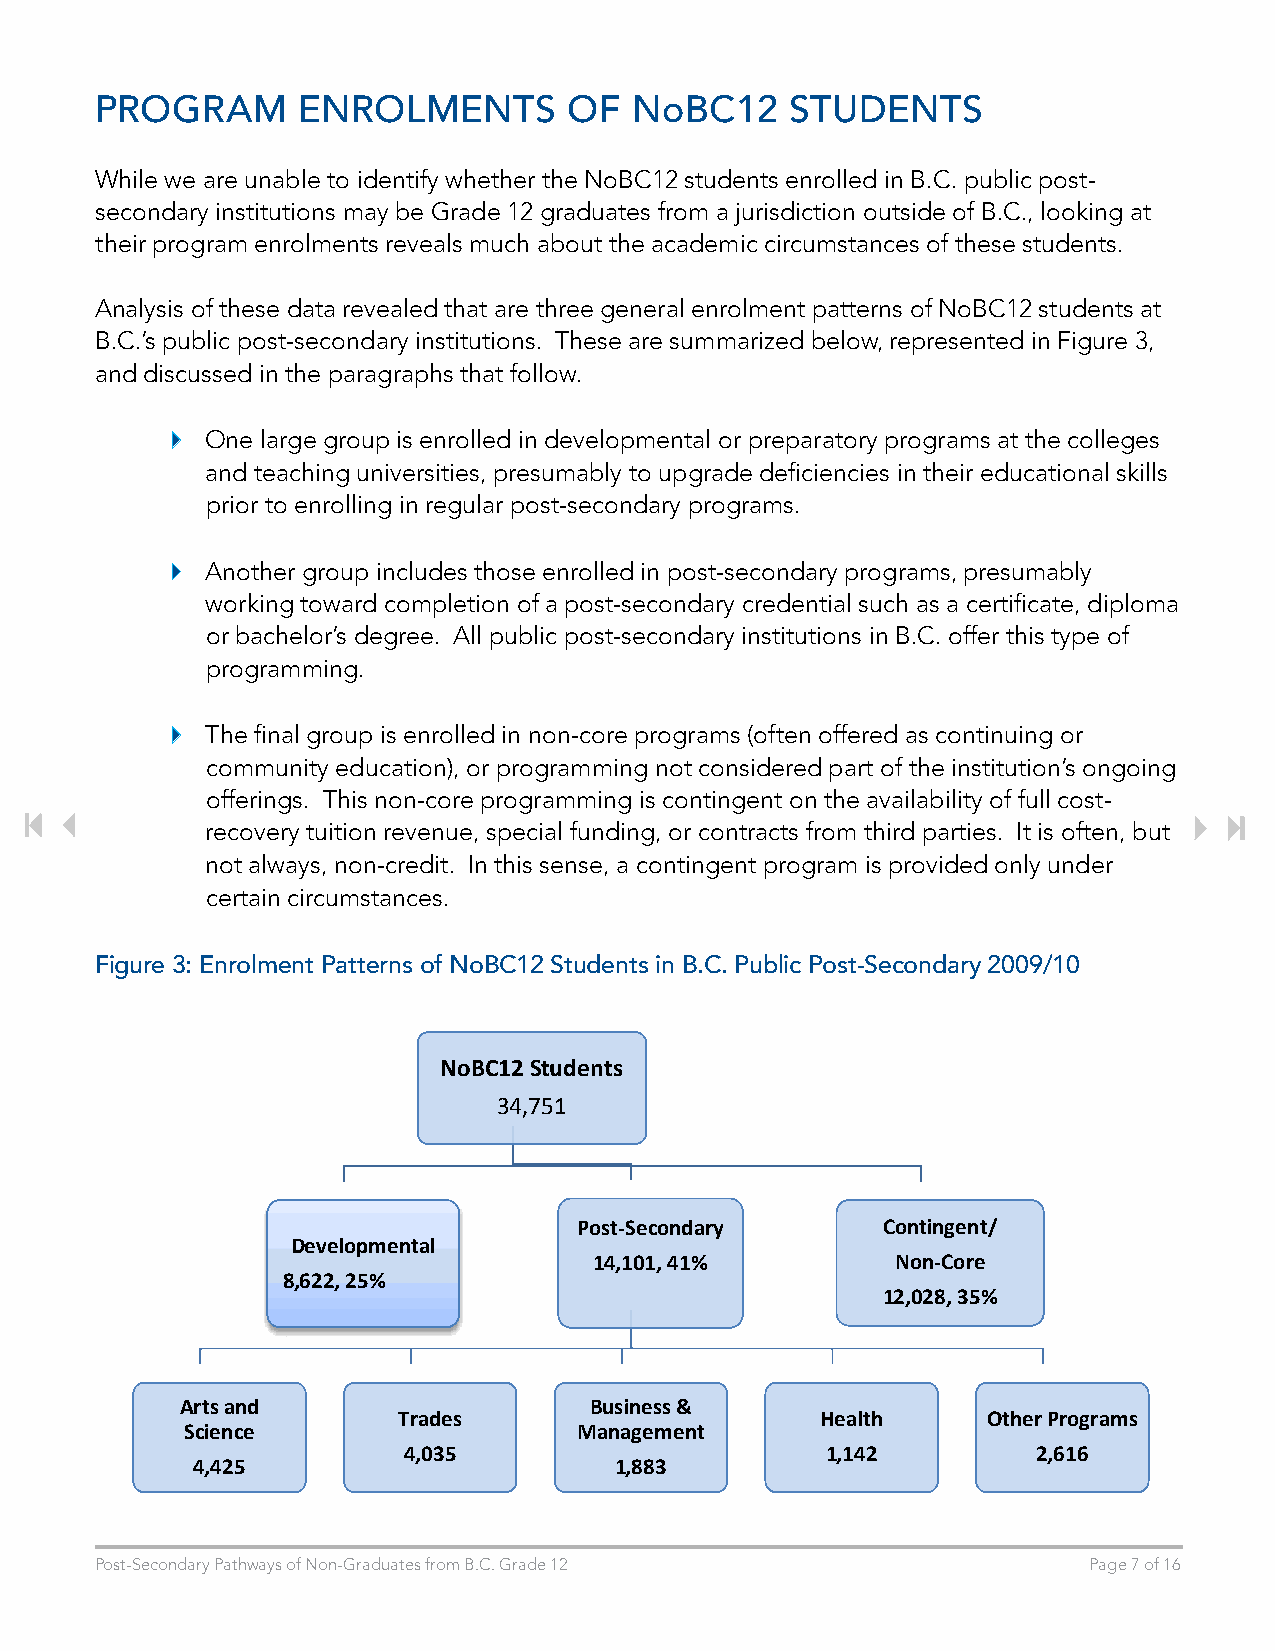
PROGRAM       ENROLMENTS        OF  NoBC12    STUDENTS
 While we are unable to identify whether the NoBC12 students enrolled in B.C. public post-
 secondary institutions may be Grade 12 graduates from a jurisdiction outside of B.C., looking at
 their program enrolments reveals much about the academic circumstances of these students.
 Analysis of these data revealed that are three general enrolment patterns of NoBC12 students at
 B.C.’s public post-secondary institutions. These are summarized below, represented in Figure 3,
 and discussed in the paragraphs that follow.
   One large group is enrolled in developmental or preparatory programs at the colleges
 and teaching universities, presumably to upgrade deficiencies in their educational skills
 prior to enrolling in regular post-secondary programs.
   Another group includes those enrolled in post-secondary programs, presumably
 working toward completion of a post-secondary credential such as a certificate, diploma
 or bachelor’s degree. All public post-secondary institutions in B.C. offer this type of
 programming.
   The final group is enrolled in non-core programs (often offered as continuing or
 community education), or programming not considered part of the institution’s ongoing
 offerings. This non-core programming is contingent on the availability of full cost-
 recovery tuition revenue, special funding, or contracts from third parties. It is often, but
 not always, non-credit. In this sense, a contingent program is provided only under
 certain circumstances.
 Figure 3: Enrolment Patterns of NoBC12 Students in B.C. Public Post-Secondary 2009/10
 NoBC12 Students
 34,751
 Post-Secondary      Contingent/
 Developmental
 14,101, 41%         Non-Core
 8,622, 25%
 12,028, 35%
 Arts and                   Business &
 Trades                      Health     Other Programs
 Science                   Management
 4,035                       1,142         2,616
 4,425                       1,883
 Post-Secondary Pathways of Non-Graduates from B.C. Grade 12       Page 7 of 16